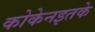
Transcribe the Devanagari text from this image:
कोकेनइतके